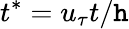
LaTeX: t^{*}=u_{\tau}t/\mathtt{h}